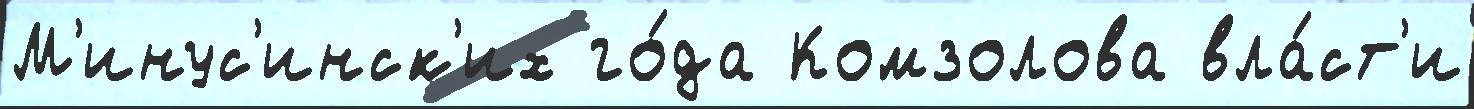
М'инус'инск'их го́да Комзолова вла́ст'и